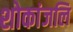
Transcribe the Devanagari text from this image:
शोकांजलि